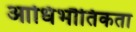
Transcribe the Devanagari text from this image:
आधिभौतिकता